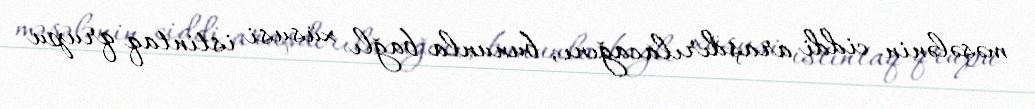
məsələnin ciddi araşdırılacağını, bununla bağlı xüsusi istintaq qrupu